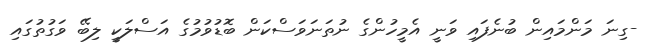
-ގިނަ މަންމައިން ބުނެފައި ވަނީ އެމީހުންގެ ނުތަނަވަސްކަން ބޮޑުވުމުގެ އަސްލަކީ ލިބޭ ވަގުތުގައި